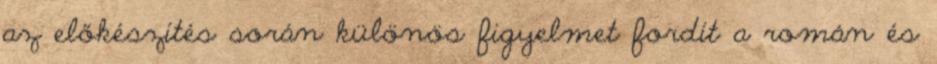
az előkészítés során különös figyelmet fordít a román és